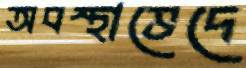
অবস্থাভেদে